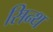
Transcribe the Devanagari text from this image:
सिन्थ